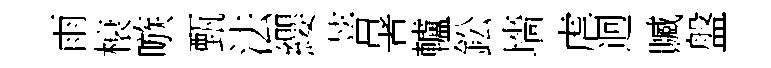
雨榱嗾甄法纓菩暑轤鈆墻虐迥贓盤